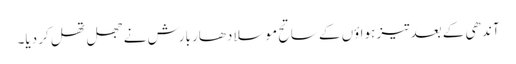
آندھی کے بعد تیز ہواؤں کے ساتح موسلا دھار بارش نے جھل تھل کر دیا۔